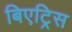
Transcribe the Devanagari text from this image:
बिएट्रिस